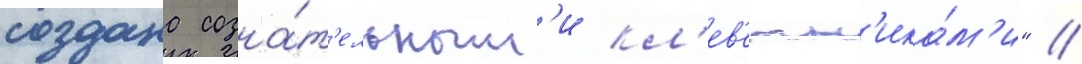
создана созна́т'ельным'и кл'ев'етн'ика́м'и" //